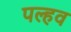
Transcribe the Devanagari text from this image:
पल्हव